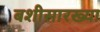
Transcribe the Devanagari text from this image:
बशीसारख्या